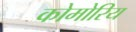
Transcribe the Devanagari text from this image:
कोमोरिय